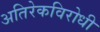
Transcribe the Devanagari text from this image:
अतिरेकविरोधी